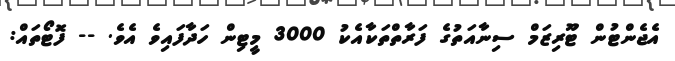
އެޖެންޓުން ޓޫރިޒަމް ސިނާއަތުގެ ފަރާތްތަކާއެކު 3000 މީޓިން ހަދާފައިވެ އެވެ. -- ފޮޓޯތައް: